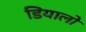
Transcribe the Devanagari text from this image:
डियालो